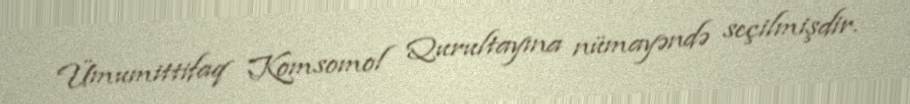
Ümumittifaq Komsomol Qurultayına nümayəndə seçilmişdir.